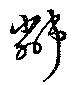
鄰